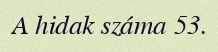
A hidak száma 53.